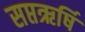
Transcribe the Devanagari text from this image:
सप्तऋर्षि